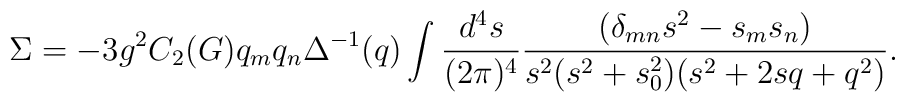
\Sigma = -3g^2 C_2(G) q_m q_n \Delta^{-1}(q) \int \frac{d^4s}{(2\pi)^4}\frac{(\delta_{mn} s^2 -s_m s_n)}{s^2(s^2+s_0^2)(s^2+2sq+q^2)}.